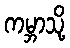
ကမ္ဘာသို့